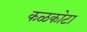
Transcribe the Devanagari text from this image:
कळकोटा